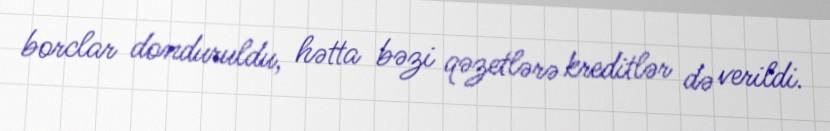
borclar donduruldu, hətta bəzi qəzetlərə kreditlər də verildi.